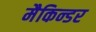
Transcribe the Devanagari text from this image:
मैकिन्डर